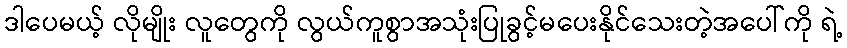
ဒါပေမယ့် လိုမျိုး လူတွေကို လွယ်ကူစွာအသုံးပြုခွင့်မပေးနိုင်သေးတဲ့အပေါ်ကို ရဲ့